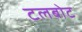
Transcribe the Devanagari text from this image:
टलबोट